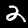
Label: 2